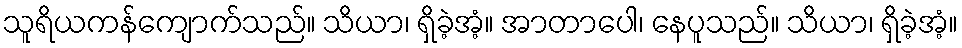
သူရိယကန်ကျောက်သည်။ သိယာ၊ ရှိခဲ့အံ့။ အာတာပေါ၊ နေပူသည်။ သိယာ၊ ရှိခဲ့အံ့။